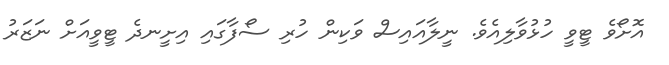
އޮށޯވެ ޓީވީ ހުޅުވާލިއެވެ. ނީލާއައިސް ވަކިން ހުރި ސޯފާގައި އިށީނދެ ޓީވީއަށް ނަޒަރު